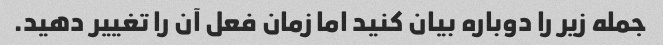
جمله زیر را دوباره بیان کنید اما زمان فعل آن را تغییر دهید.